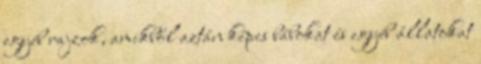
egyéb rajzok, amikből aztán képes bábokat és egyéb állatokat